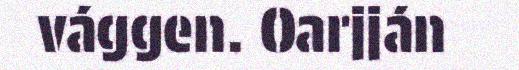
vággen. Oarjján